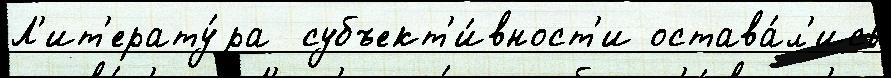
Л'ит'ерату́ра  субъект'и́вност'и остава́л'ись